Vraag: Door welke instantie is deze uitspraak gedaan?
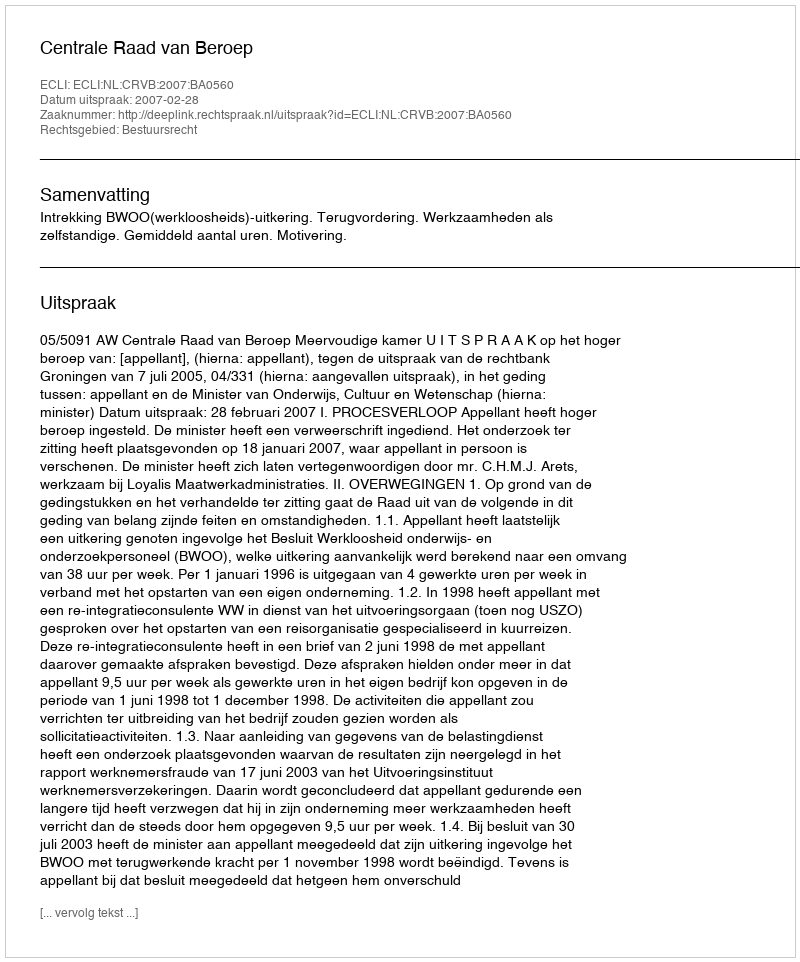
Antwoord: Centrale Raad van Beroep